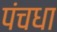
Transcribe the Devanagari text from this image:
पंचधा